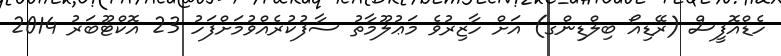
ހެޑްއޮފީސް (ރޭޑިއޯ ބިލްޑިންގ) އަށް ހާޒިރުވެ މަޢުލޫމާތު ސާފުކުރެއްވުމަށްފަހު 23 އޮކްޓޫބަރު 2014